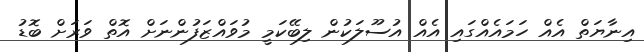
އިނާޔަތް އެއް ހަމައެއްގައި އެއް އުސޫލަކުން ލިބޭކަމީ މުވައްޒަފުންނަށް އޮތް ވަރަށް ބޮޑު